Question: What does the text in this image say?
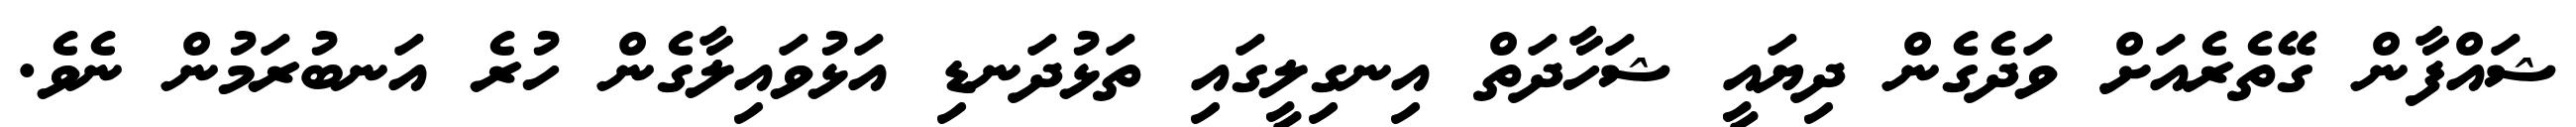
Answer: ޝައްފާން ގޭތެރެއަށް ވަދެގެން ދިޔައީ ޝަހާދަތް އިނގިލީގައި ތަޅުދަނޑި އަޅުވައިލާގެން ހުރެ އަނބުރަމުން ނެވެ.